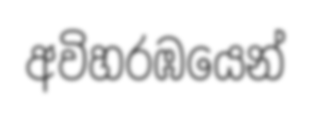
අවිහරඹයෙන්